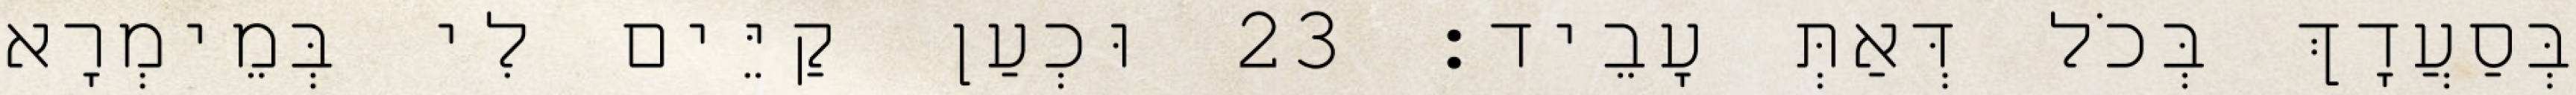
בְּסַעֲדָךְ בְּכֹל דְּאַתְּ עָבֵיד׃ 23 וּכְעַן קַיֵּים לִי בְּמֵימְרָא